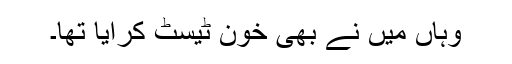
وہاں میں نے بھی خون ٹیسٹ کرایا تھا۔